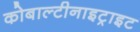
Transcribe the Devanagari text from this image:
कोबाल्टीनाइट्राइट